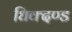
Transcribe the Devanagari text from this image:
धिक्दण्ड